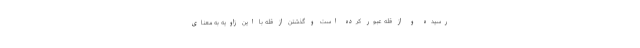
رسیده و از قله عبور کرده است و گذشتن از قله با این زاویه به معنای